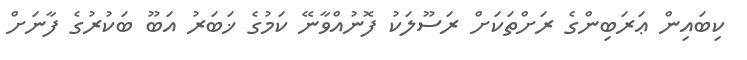
ކިބައިން ޢަރަބިންގެ ރަށްތަކަށް ރަސޫލަކު ފޮނުއްވާނޭ ކަމުގެ ޚަބަރު އަބޫ ބަކުރުގެ ފާނަށް